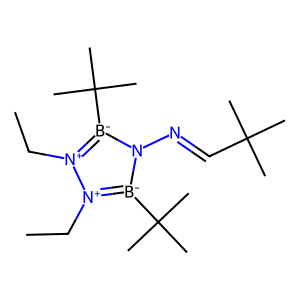
SMILES: CC[n+]1[b-](C(C)(C)C)n(N=CC(C)(C)C)[b-](C(C)(C)C)[n+]1CC
Inhibits HIV replication: No